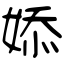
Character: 婖